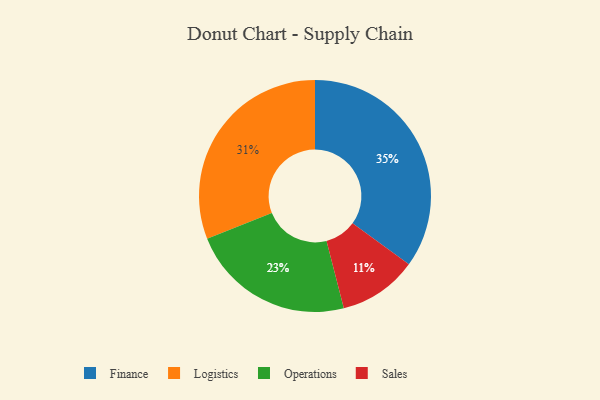
{"axis": {"x": "Category", "y": "Percentage"}, "legend": ["Finance", "Logistics", "Operations", "Sales"], "data": [{"x": "Operations", "y": 23, "type": "Operations"}, {"x": "Sales", "y": 11, "type": "Sales"}, {"x": "Finance", "y": 35, "type": "Finance"}, {"x": "Logistics", "y": 31, "type": "Logistics"}]}